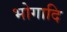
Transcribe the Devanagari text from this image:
भोगादि